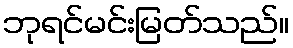
ဘုရင်မင်းမြတ်သည်။